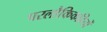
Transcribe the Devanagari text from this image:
परलौकिकहितों